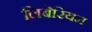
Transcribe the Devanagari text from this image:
लिबेरियम